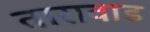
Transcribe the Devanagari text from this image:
तारावाड